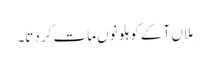
مِلاں آ کے کوہلو نوں مات کر دتا۔